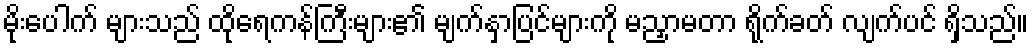
မိုးပေါက် များသည် ထိုရေကန်ကြီးများ၏ မျက်နှာပြင်များကို မညှာမတာ ရိုက်ခတ် လျက်ပင် ရှိသည်။